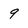
Character: 9